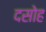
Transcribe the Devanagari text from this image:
दसोह